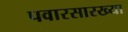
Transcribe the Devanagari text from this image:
पवारसारख्या